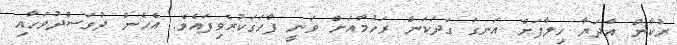
ރުކާން އާދަޔާ ޚިލާފަށް އަނގަ ގަދަކަން ރަހުމާއަށް ވަނީ ފާހަގަކުރެވިފައެވެ. އެހެން ދުވަސްދުވަހާއި